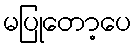
မပြုတော့ပေ